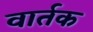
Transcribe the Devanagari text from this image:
वार्तक